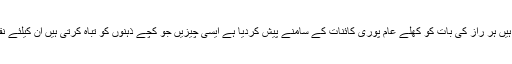
بیحیائی عام ہوچکی ہے عریاں وجود ٹیلی ویڑن انٹرنیٹ پر کھلے عام افشان کیئے جاتے ہیں ہر راز کی بات کو کھلے عام پوری کائنات کے سامنے پیش کردیا ہے ایسی چیزیں جو کچے ذہنوں کو تباہ کرتی ہیں ان کیلئے نقصان کا باعث بنتی ہیں وہ تمام ہدایتیں مہیا کرتی ہیں جو ان کی عمر سے بہت بڑی ہیں ۔